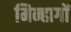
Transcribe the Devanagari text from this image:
मिन्हागों